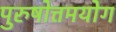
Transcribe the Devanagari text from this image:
पुरुषोत्तमयोग